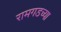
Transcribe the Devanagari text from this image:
रामगडच्या